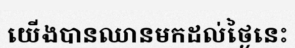
យើងបានឈានមកដល់ថ្ងៃនេះ